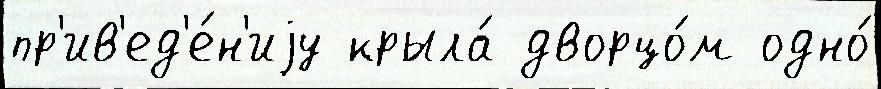
пр'ив'ед'е́н'иjу крыла́ дворцо́м одно́